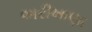
અરીખાણા